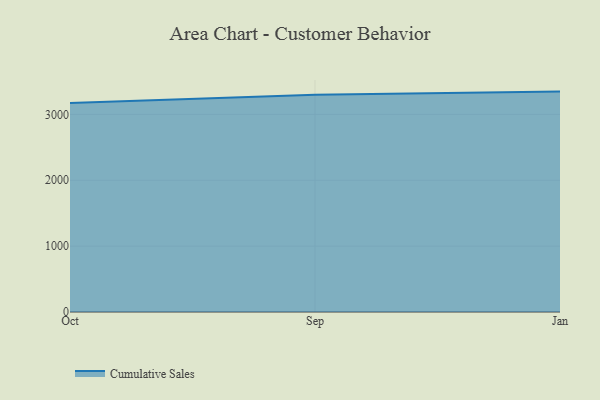
{"axis": {"x": "Month", "y": "Satisfaction Score"}, "legend": ["Cumulative Sales"], "data": [{"x": "Oct", "y": 3173.1, "type": "Cumulative Sales"}, {"x": "Sep", "y": 3298.2, "type": "Cumulative Sales"}, {"x": "Jan", "y": 3345.8, "type": "Cumulative Sales"}]}